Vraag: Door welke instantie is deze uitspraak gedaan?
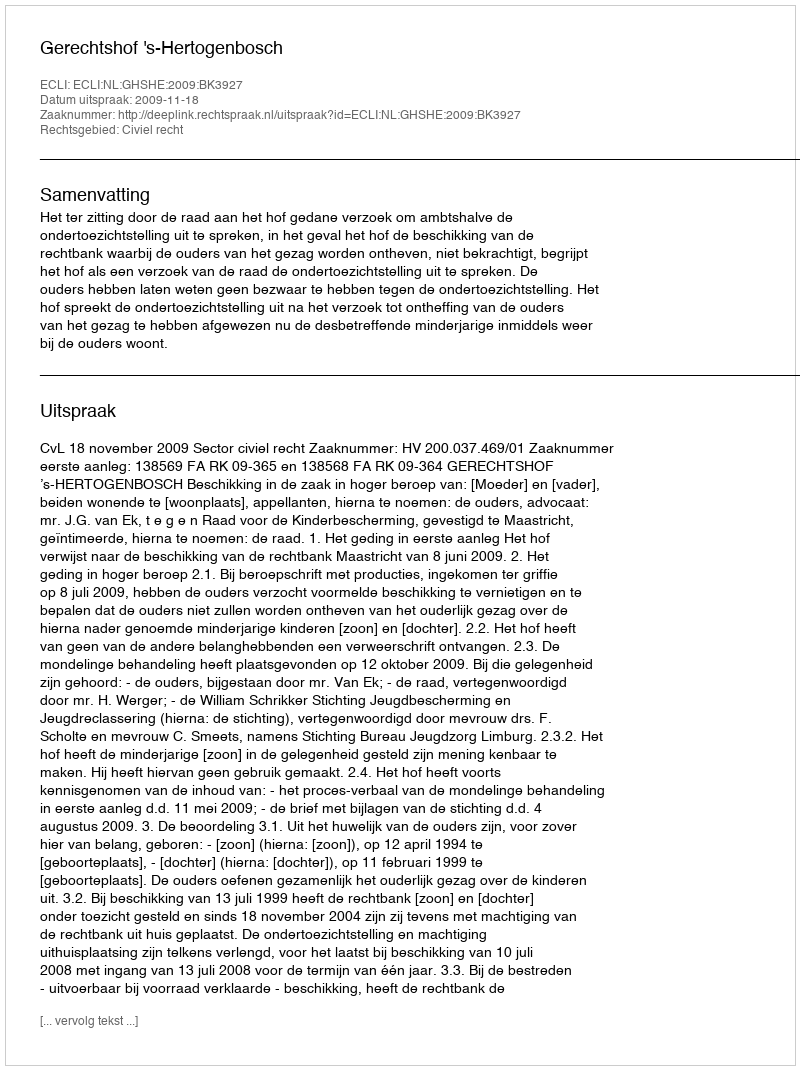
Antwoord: Gerechtshof 's-Hertogenbosch